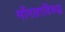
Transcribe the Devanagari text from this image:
मोंगलाविरुद्ध